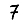
Digit: 7